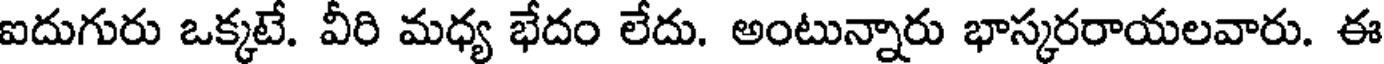
ఐదుగురు ఒక్కటే. వీరి మధ్య భేదం లేదు. అంటున్నారు భాస్కరరాయలవారు. ఈ